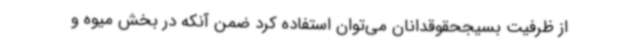
از ظرفیت بسیجحقوقدانان می‌توان استفاده کرد ضمن آنکه در بخش میوه و